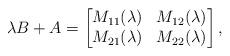
LaTeX: \begin{align*}\lambda B+A = \begin{bmatrix}M_{11}(\lambda) & M_{12}(\lambda) \\M_{21}(\lambda) & M_{22}(\lambda)\end{bmatrix},\end{align*}